Indian journal of veterinary science and animal husbandry - Volumes 22-23, 1952-1953
Year: 1952
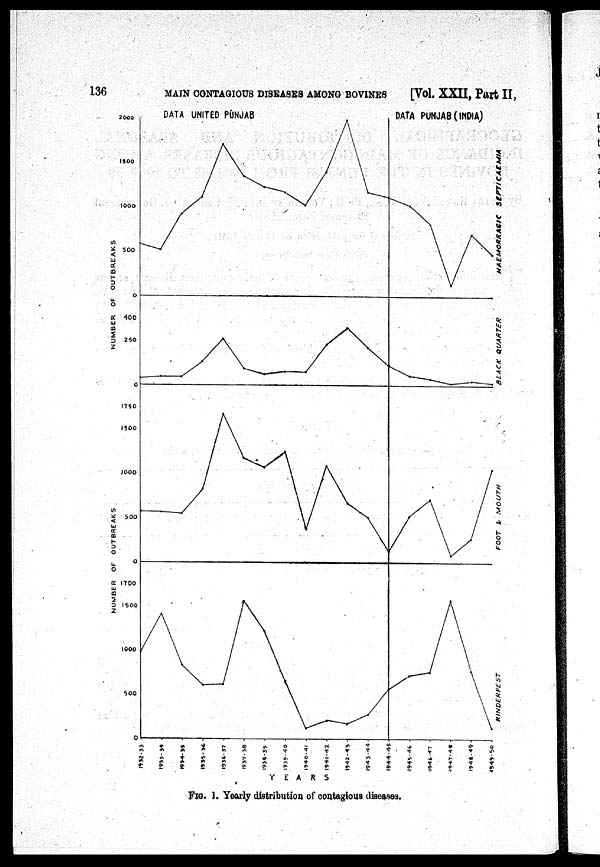
136
MAIN CONTAGIOUS DISEASES AMONG BOVINES
[Vol. XXII, Part II,
FIG. 1. Yearly distribution of contagious diseases.